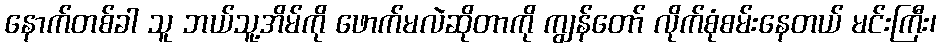
နောက်တစ်ခါ သူ ဘယ်သူ့အိမ်ကို ဖောက်မလဲဆိုတာကို ကျွန်တော် လိုက်စုံစမ်းနေတယ် မင်းကြီး၊